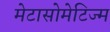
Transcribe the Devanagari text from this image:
मेटासोमेटिज्म